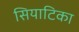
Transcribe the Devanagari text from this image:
सियाटिका